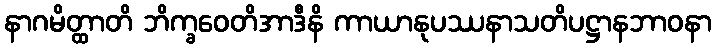
နာဂမိတ္ထာတိ ဘိက္ခဝေတိအာဒီနိ ကာယာနုပဿနာသတိပဋ္ဌာနဘာဝနာ